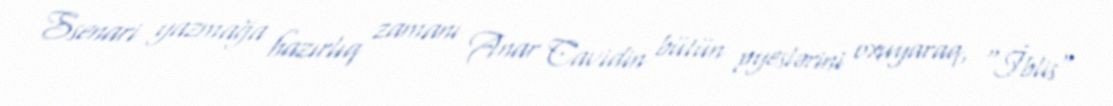
Ssenari yazmağa hazırlıq zamanı Anar Cavidin bütün pyeslərini oxuyaraq, "İblis"